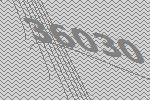
36030